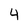
Character: 4